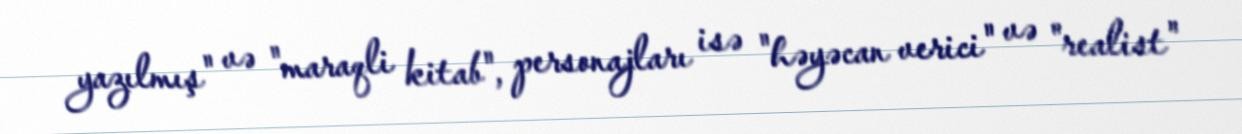
yazılmış" və "maraqli kitab", personajları isə "həyəcan verici" və "realist"